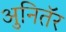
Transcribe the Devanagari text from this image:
अुनितॅर